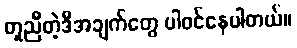
တူညီတဲ့ဒီအချက်တွေ ပါဝင်နေပါတယ်။